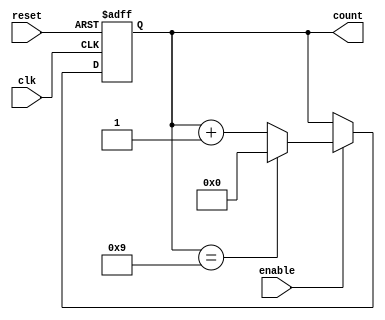
module ModulusCounter #(
    parameter N = 4,       // Width of the counter (in bits)
    parameter MODULUS = 10  // Maximum count value (0 to MODULUS - 1)
) (
    input wire clk,        // Clock signal
    input wire reset,      // Asynchronous reset signal
    input wire enable,     // Enable signal for counting
    output reg [N-1:0] count // N-bit counter output
);

    // Reset the count asynchronously and count on clock edge
    always @(posedge clk or posedge reset) begin
        if (reset) begin
            // Asynchronous reset
            count <= 0;
        end else if (enable) begin
            if (count == MODULUS - 1) begin
                // Reset count to 0 if it reaches MODULUS
                count <= 0;
            end else begin
                // Increment count
                count <= count + 1;
            end
        end
    end

endmodule